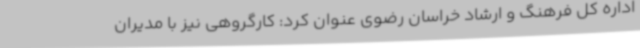
اداره‌ کل فرهنگ و ارشاد خراسان رضوی عنوان کرد: کارگروهی نیز با مدیران